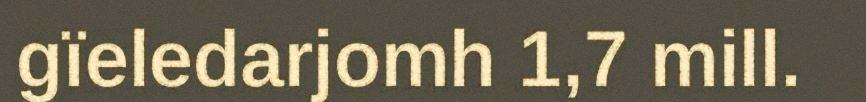
gïeledarjomh 1,7 mill.